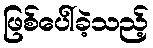
ဖြစ်ပေါ်ခဲ့သည့်